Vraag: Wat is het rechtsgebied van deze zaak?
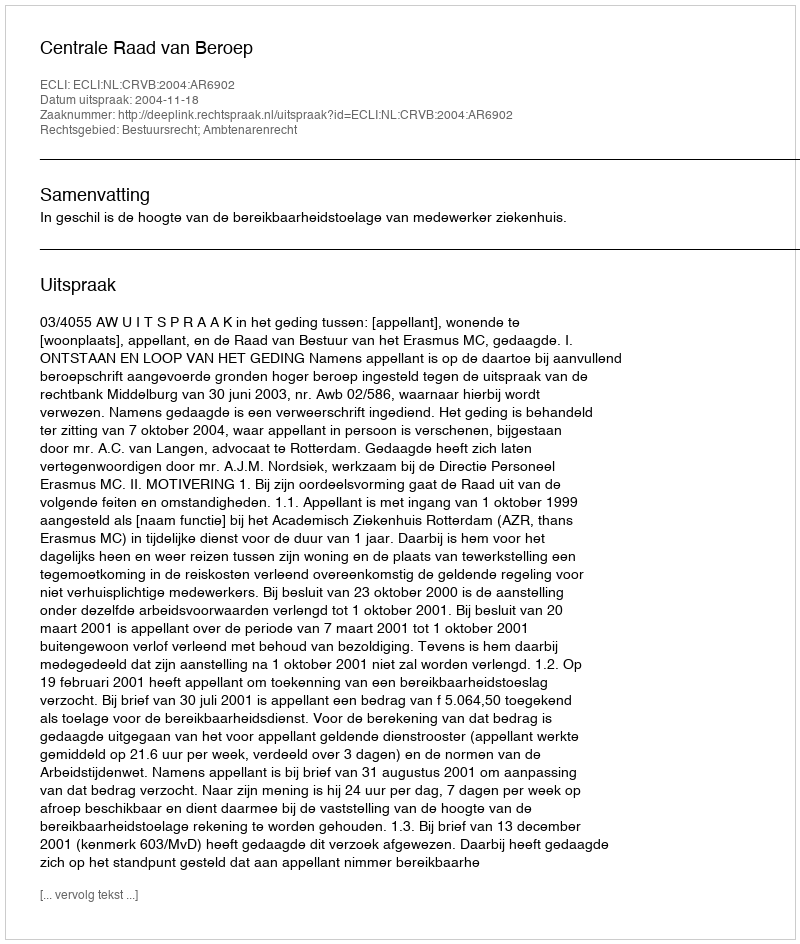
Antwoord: Bestuursrecht; Ambtenarenrecht